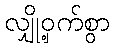
လျှို့ဝှက်စွာ